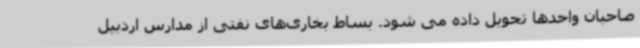
صاحبان واحدها تحویل داده می شود. بساط بخاری‌های نفتی از مدارس اردبیل